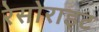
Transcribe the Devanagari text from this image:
रेसोराइट